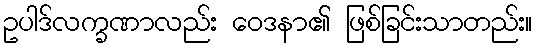
ဥပါဒ်လက္ခဏာလည်း ဝေဒနာ၏ ဖြစ်ခြင်းသာတည်း။